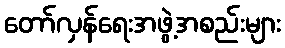
တော်လှန်ရေးအဖွဲ့အစည်းများ